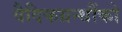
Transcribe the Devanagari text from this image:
वैदिकग्रन्थौंको